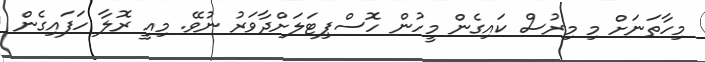
މިހާތަނަށް މި މިރުސް ކައިގެން މީހުން ހޮސްޕިޓަލަށްދާވަރު ނުވޭ. މިއީ ރޮލާ ހަފައިގެން